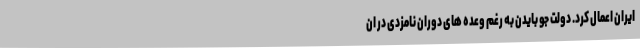
ایران اعمال کرد. دولت جو بایدن به رغم وعده های دوران نامزدی در ان